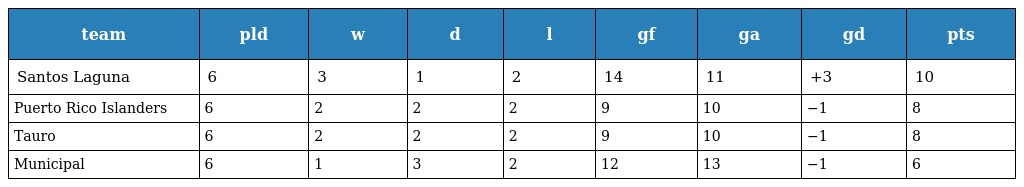
| team | pld | w | d | l | gf | ga | gd | pts |
 | --- | --- | --- | --- | --- | --- | --- | --- | --- |
 | Santos Laguna | 6 | 3 | 1 | 2 | 14 | 11 | +3 | 10 |
 | Puerto Rico Islanders | 6 | 2 | 2 | 2 | 9 | 10 | −1 | 8 |
 | Tauro | 6 | 2 | 2 | 2 | 9 | 10 | −1 | 8 |
 | Municipal | 6 | 1 | 3 | 2 | 12 | 13 | −1 | 6 |